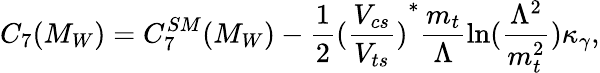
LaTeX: C_{7}(M_{W})=C_{7}^{SM}(M_{W})-\frac{1}{2}{(\frac{V_{cs}}{V_{ts}})}^{*}\frac{m_{t}}{\Lambda}\ln(\frac{\Lambda^{2}}{m_{t}^{2}})\kappa_{\gamma},